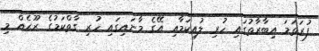
ފުރަތަމަ އިބާރާތުގައި ހުރި ލުއިކަމާއި އޭގެ މާނައިގައި ހުރި ގާތްކަމުގެ ރޫޙެއް މި